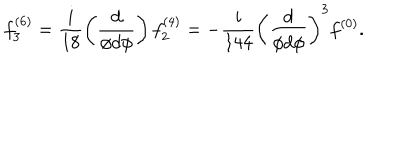
LaTeX: f _ { 3 } ^ { ( 6 ) } = \frac { i } { 1 8 } \left( \frac { d } { \phi d \phi } \right) f _ { 2 } ^ { ( 4 ) } = - \frac { i } { 1 4 4 } \left( \frac { d } { \phi d \phi } \right) ^ { 3 } f ^ { ( 0 ) } .